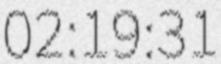
02:19:31